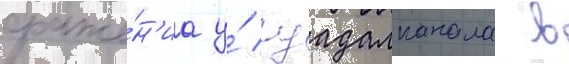
сраже́н'иа у́ гуадалканала в